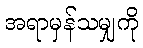
အရာမှန်သမျှကို